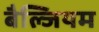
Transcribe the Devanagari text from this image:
बैल्जियम